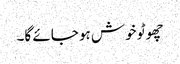
چھوٹو خوش ہو جائے گا۔